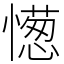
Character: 憽